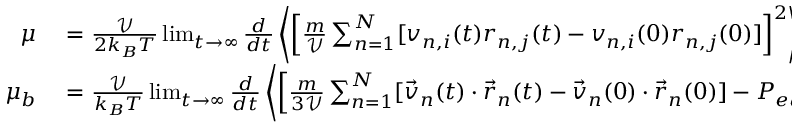
\begin{array} { r l } { \mu } & { { } = \frac { \mathcal { V } } { 2 k _ { B } T } \operatorname* { l i m } _ { t \to \infty } \frac { d } { d t } \left\langle \left[ \frac { m } { \mathcal { V } } \sum _ { n = 1 } ^ { N } [ v _ { n , i } ( t ) r _ { n , j } ( t ) - v _ { n , i } ( 0 ) r _ { n , j } ( 0 ) ] \right] ^ { 2 } \right\rangle } \\ { \mu _ { b } } & { { } = \frac { \mathcal { V } } { k _ { B } T } \operatorname* { l i m } _ { t \to \infty } \frac { d } { d t } \left\langle \left[ \frac { m } { 3 \mathcal { V } } \sum _ { n = 1 } ^ { N } [ \vec { v } _ { n } ( t ) \cdot \vec { r } _ { n } ( t ) - \vec { v } _ { n } ( 0 ) \cdot \vec { r } _ { n } ( 0 ) ] - P _ { e q } t \right] ^ { 2 } \right\rangle . } \end{array}